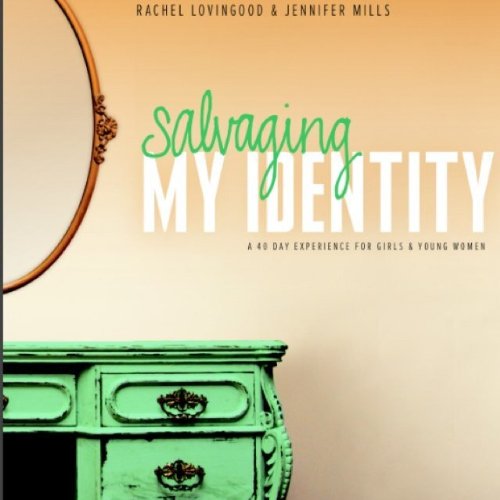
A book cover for Salvaging My Identity: A 40 Day Experience for Girls & Young Women; Rachel Lovingood; Christian Books & Bibles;